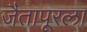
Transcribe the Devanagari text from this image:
जैतापूरला